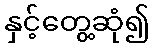
နှင့်တွေ့ဆုံ၍